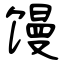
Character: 馒